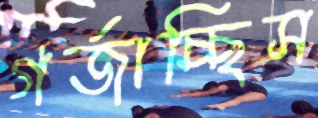
গর্‌জাচ্ছিস